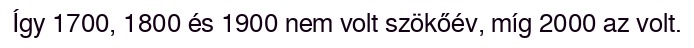
Így 1700, 1800 és 1900 nem volt szökőév, míg 2000 az volt.